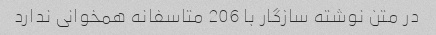
در متن نوشته سازگار با 206 متاسفانه همخوانی ندارد